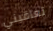
تعاقبني